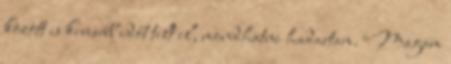
között is kevesebb időt telt el, mondhatni hadartam. Magam